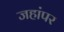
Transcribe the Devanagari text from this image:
जहांपर